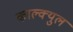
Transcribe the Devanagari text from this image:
काल्क्युल